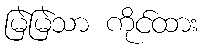
မြဲမြဲသာ ကိုင်ထား